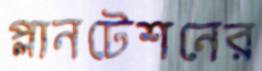
প্লানটেশনের